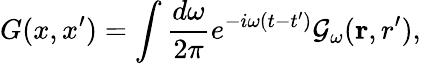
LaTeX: G(x,x^{\prime})=\int{\frac{d\omega}{2\pi}}e^{-i\omega(t-t^{\prime})}{\cal G}_{\omega}({\mathbf r,r^{\prime}}),